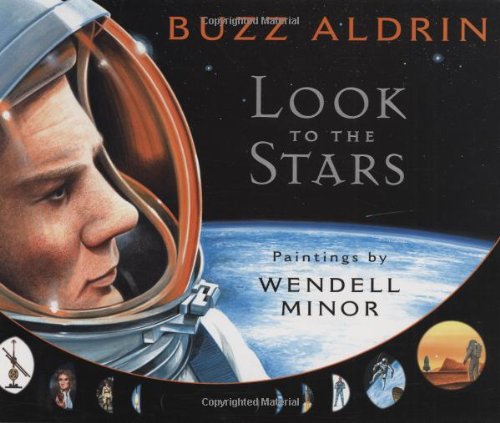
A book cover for Look to the Stars; Buzz Aldrin; Children's Books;